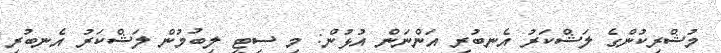
މުޝްރިކުންގެ ލަޝްކަރު އެނބުރި އަންނަން އުޅުން: މި ސިޓީ ލިބުމުން ލަޝްކަރު އެނބުރި